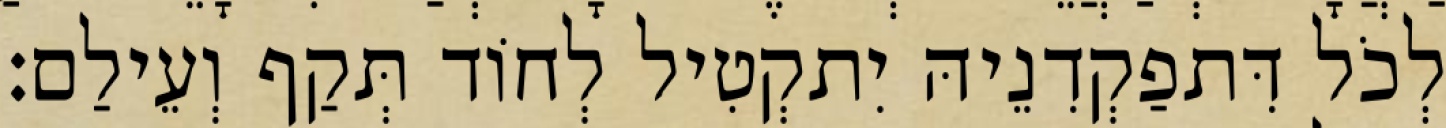
לְכֹל דִּתפַקְדִנֵיהּ יִתקְטִיל לְחוֹד תְּקַף וְעֵילַם׃